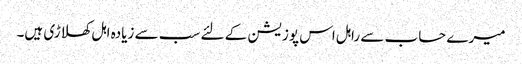
میرے حساب سے راہل اس پوزیشن کے لئے سب سے زیادہ اہل کھلاڑی ہیں۔